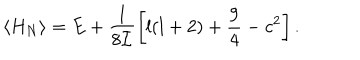
LaTeX: \langle H _ { N } \rangle = E + \frac { 1 } { 8 { \cal I } } \left[ l ( l + 2 ) + \frac { 9 } { 4 } - c ^ { 2 } \right] .